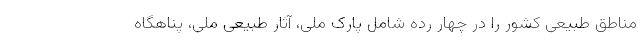
مناطق طبیعی کشور را در چهار رده شامل پارک ملی، آثار طبیعی ملی، پناهگاه